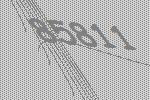
85811